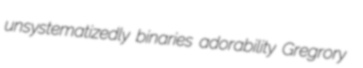
unsystematizedly binaries adorability Gregrory